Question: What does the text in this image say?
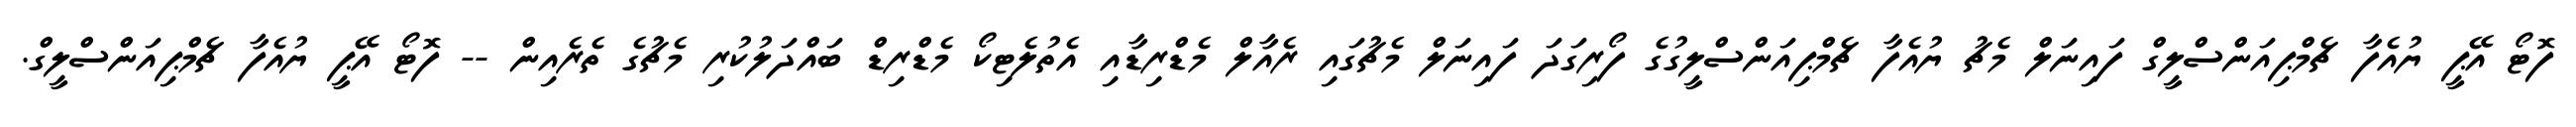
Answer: ފޮޓޯ އޭޕީ ޔުއެފާ ޗެމްޕިއަންސްލީގް ފައިނަލް މެޗު ޔުއެފާ ޗެމްޕިއަންސްލީގުގެ ފޯރިގަދަ ފައިނަލް މެޗުގައި ރެއާލް މެޑްރިޑާއި އެތުލެޓިކޯ މެޑްރިޑް ބައްދަލުކުރި މެޗުގެ ތެރެއިން -- ފޮޓޯ އޭޕީ ޔުއެފާ ޗެމްޕިއަންސްލީގް.